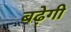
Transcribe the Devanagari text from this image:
बढे़गी